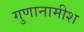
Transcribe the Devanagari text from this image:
गुणानामीश